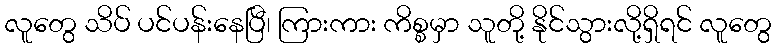
လူတွေ သိပ် ပင်ပန်းနေပြီ၊ ကြားကား ကိစ္စမှာ သူတို့ နိုင်သွားလို့ရှိရင် လူတွေ